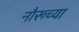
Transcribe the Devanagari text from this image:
नौरूच्या